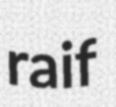
raif